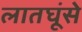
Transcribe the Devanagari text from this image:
लातघूंसे